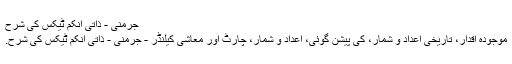
جرمنی - ذاتی انکم ٹیکس کی شرح
موجودہ اقدار، تاریخی اعداد و شمار، کی پیشن گوئی، اعداد و شمار، چارٹ اور معاشی کیلنڈر - جرمنی - ذاتی انکم ٹیکس کی شرح.